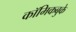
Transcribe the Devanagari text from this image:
कॉमिकबुके